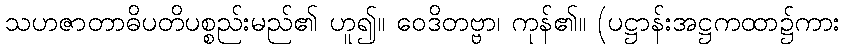
သဟဇာတာဓိပတိပစ္စည်းမည်၏ ဟူ၍။ ဝေဒိတဗ္ဗာ၊ ကုန်၏။ (ပဋ္ဌာန်းအဋ္ဌကထာ၌ကား